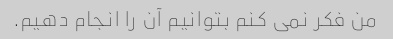
من فکر نمی کنم بتوانیم آن را انجام دهیم.